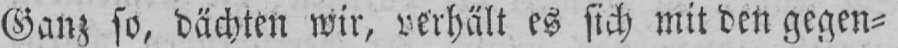
Ganz so, dächten wir, verhält es sich mit den gegen⸗